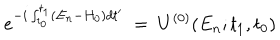
LaTeX: e ^ { - i \int _ { t _ { 0 } } ^ { t _ { 1 } } ( E _ { n } - H _ { 0 } ) d t ^ { \prime } } ~ = ~ U ^ { ( 0 ) } ( E _ { n } ; t _ { 1 } , t _ { 0 } )